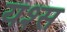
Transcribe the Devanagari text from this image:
यश्स